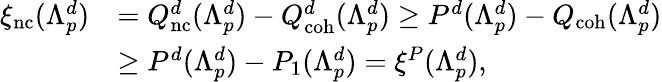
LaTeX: \begin{array}{rl}{\xi_{\mathrm{nc}}(\Lambda_{p}^{d})}&{=Q_{\mathrm{nc}}^{d}(\Lambda_{p}^{d})-Q_{\mathrm{coh}}^{d}(\Lambda_{p}^{d})\geq P^{d}(\Lambda_{p}^{d})-Q_{\mathrm{coh}}(\Lambda_{p}^{d})}\\ &{\geq P^{d}(\Lambda_{p}^{d})-P_{1}(\Lambda_{p}^{d})=\xi^{P}(\Lambda_{p}^{d}),}\end{array}